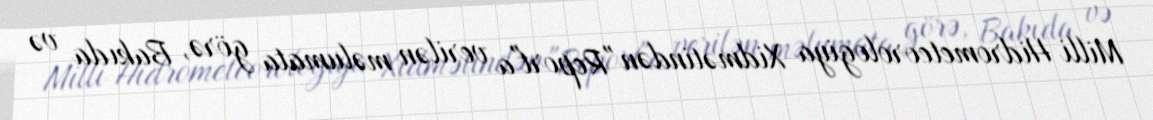
Milli Hidrometeorologiya Xidmətindən "Report"a verilən məlumata görə, Bakıda və